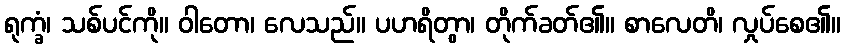
ရုက္ခံ၊ သစ်ပင်ကို။ ဝါတော၊ လေသည်။ ပဟရိတွာ၊ တိုက်ခတ်၏။ စာလေတိ၊ လှုပ်စေ၏။